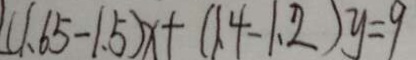
( 1 . 6 5 - 1 . 5 ) x + ( 1 . 4 - 1 . 2 ) y = 9